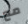
مع